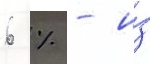
6 % - и́з